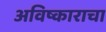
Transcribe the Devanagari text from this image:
अविष्काराचा